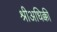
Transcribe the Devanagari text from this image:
श्रीअधिक्की